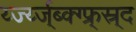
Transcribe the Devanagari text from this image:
र्य्ज्य्ज्ब्क्ग्फ्र्स्र्द